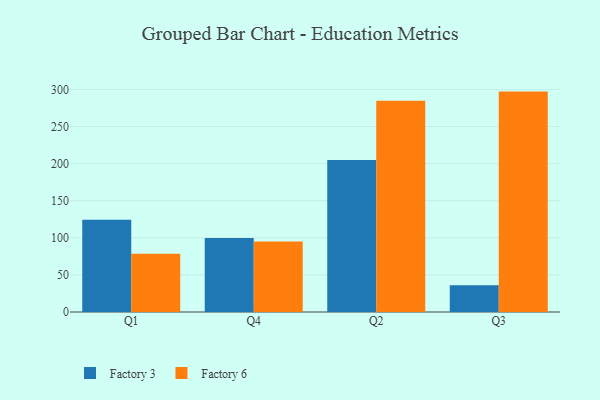
{"axis": {"x": "Quarter", "y": "Demand Index"}, "legend": ["Factory 3", "Factory 6"], "data": [{"x": "Q1", "y": 124.4, "type": "Factory 3"}, {"x": "Q1", "y": 78.5, "type": "Factory 6"}, {"x": "Q4", "y": 99.6, "type": "Factory 3"}, {"x": "Q4", "y": 94.9, "type": "Factory 6"}, {"x": "Q2", "y": 204.9, "type": "Factory 3"}, {"x": "Q2", "y": 284.8, "type": "Factory 6"}, {"x": "Q3", "y": 36.1, "type": "Factory 3"}, {"x": "Q3", "y": 297.1, "type": "Factory 6"}]}